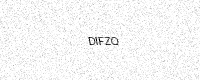
Text: DIFZQ